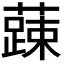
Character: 𮒄